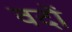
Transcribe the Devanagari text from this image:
वदों